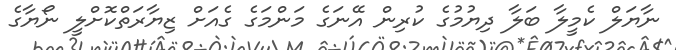
ނާޔަލް ކެމީލާ ބަލާ ދިޔުމުގެ ކުރިން އޭނަގެ މަންމަގެ ގެއަށް ޒިޔާރަތްކޮށްލީ ނޯޔާގެ